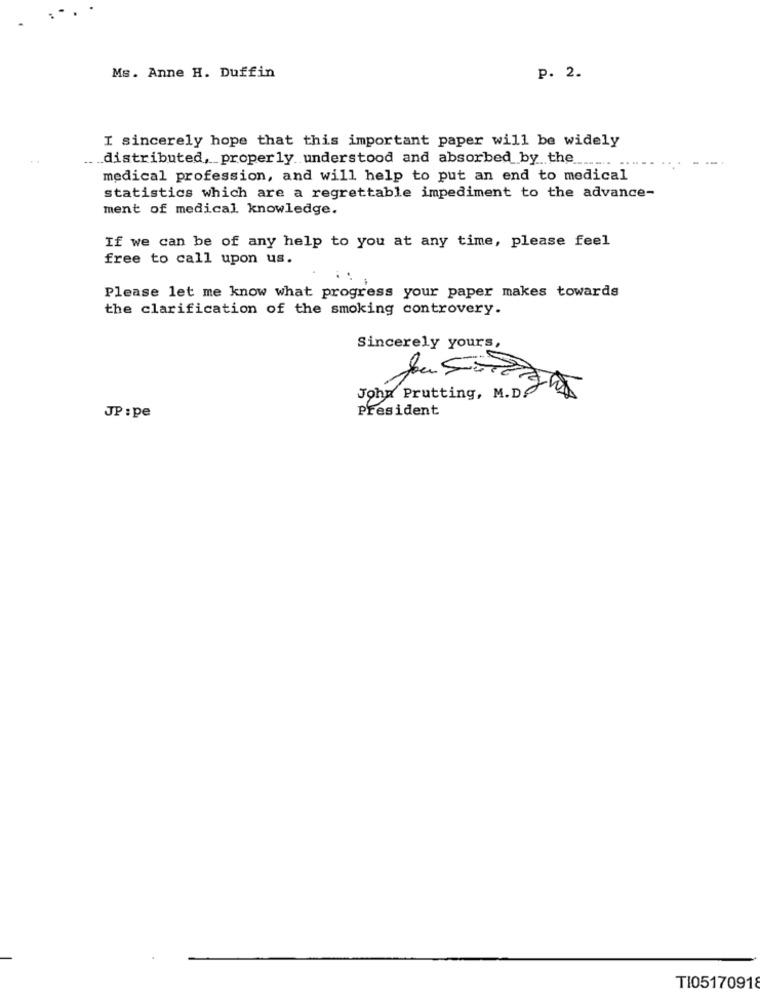
Ms. Anne H. Duffin
p. 2.
I sincerely hope that this important paper will be widely
_distributed ,_ properly understood and absorbed by the
----
medical profession, and will help to put an end to medical
statistics which are a regrettable impediment to the advance-
ment of medical knowledge.
If we can be of any help to you at any time, please feel
free to call upon us.
14
Please let me know what progress your paper makes towards
the clarification of the smoking controvery.
Sincerely yours
John Prutting, M.D. Z
President
JP : pe
TI05170918